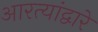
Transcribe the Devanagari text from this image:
आरत्यांद्वारे